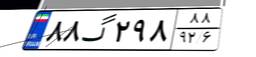
۸۸گ۲۹۸۸۸